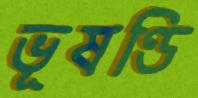
ভূষণ্ডি